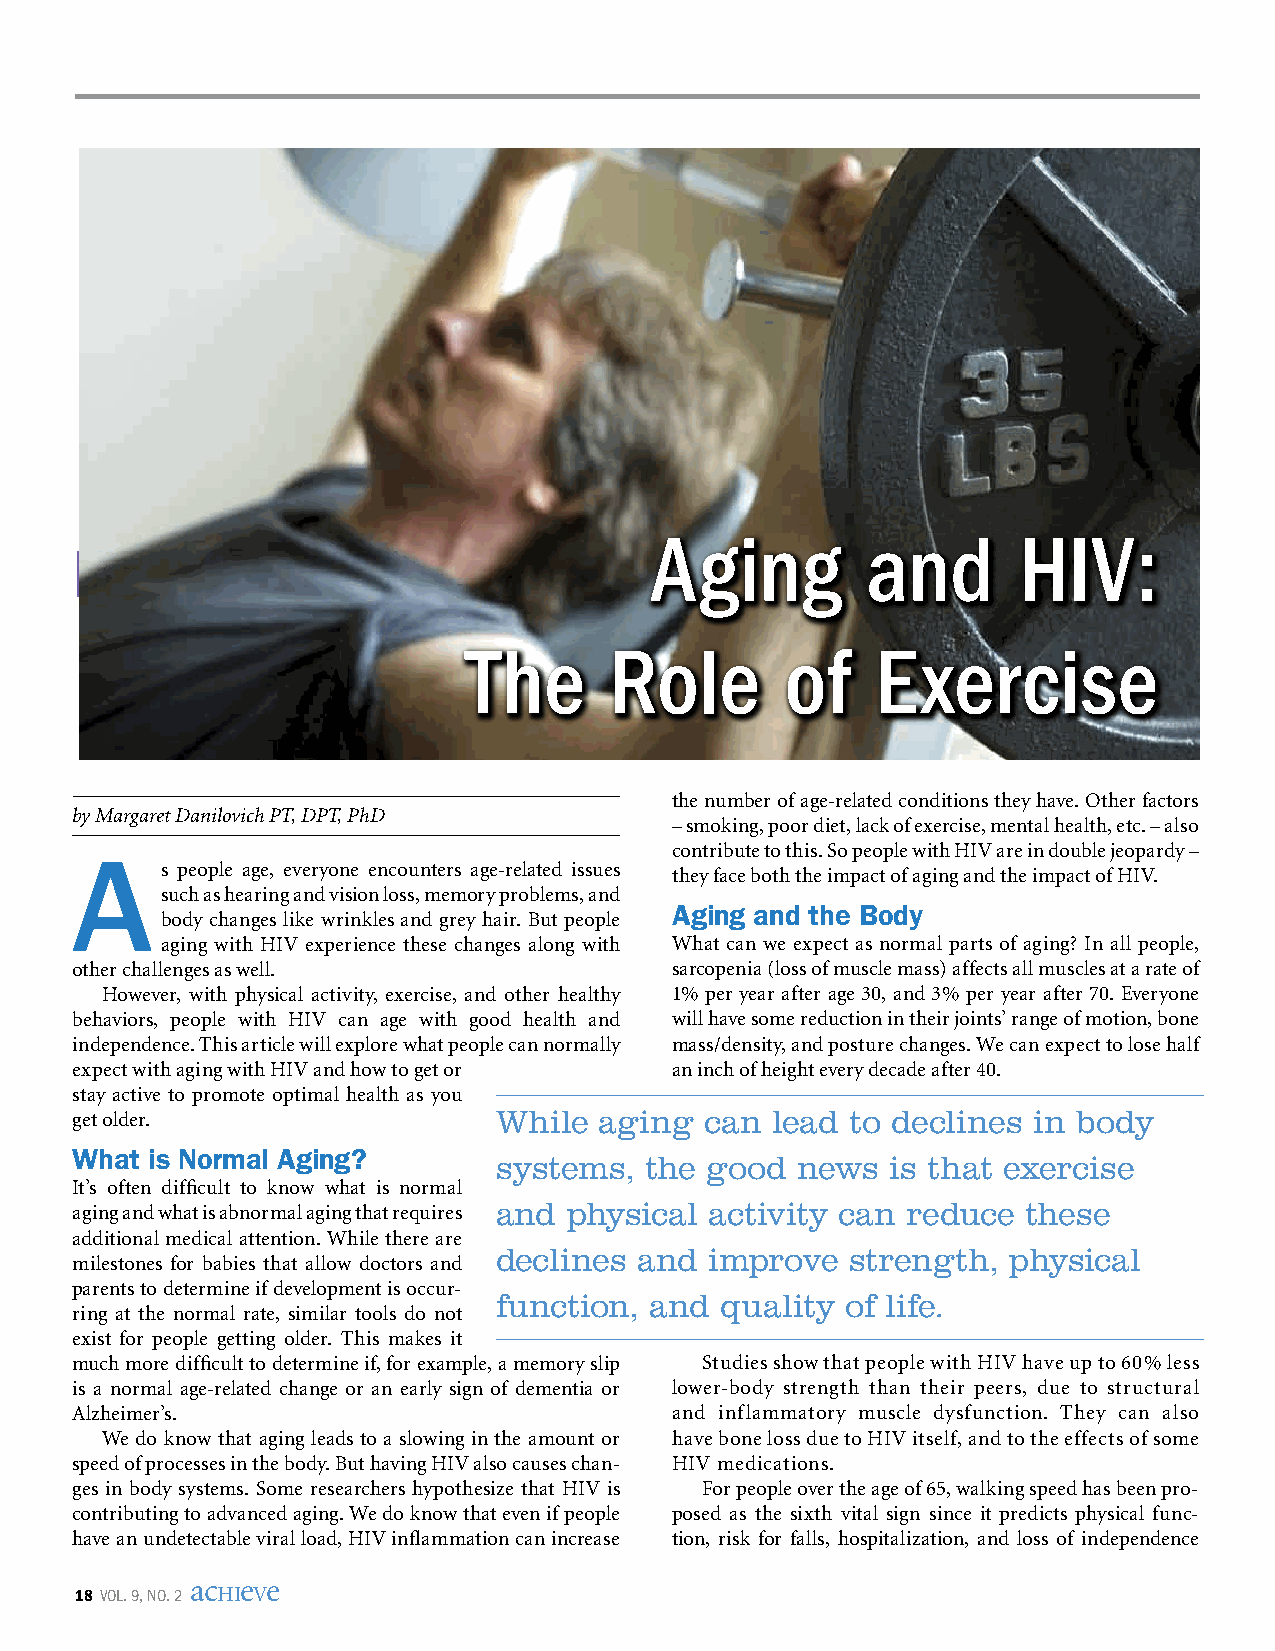
Aging         and       HIV:
 HIV    in  Transgender          Sex    Workers’        Lives
 The      Role        of    Exercise
 the number of age-related conditions they have. Other factors
 by Margaret Danilovich PT, DPT, PhD
 – smoking, poor diet, lack of exercise, mental health, etc. – also
 contribute to this. So people with HIV are in double jeopardy –
 A     s people age, everyone encounters age-related issues they face both the impact of aging and the impact of HIV.
 such as hearing and vision loss, memory problems, and
 aging and the Body
 body changes like wrinkles and grey hair. But people
 aging with HIV experience these changes along with What can we expect as normal parts of aging? In all people,
 other challenges as well.              sarcopenia (loss of muscle mass) affects all muscles at a rate of
 However, with physical activity, exercise, and other healthy 1% per year after age 30, and 3% per year after 70. Everyone
 behaviors, people with HIV can age with good health and will have some reduction in their joints’ range of motion, bone
 independence. This article will explore what people can normally mass/density, and posture changes. We can expect to lose half
 expect with aging with HIV and how to get or an inch of height every decade after 40.
 stay active to promote optimal health as you
 get older.                  While  aging  can lead to declines in body
 What is normal aging?
 systems,  the good  news  is that exercise
 It’s often difficult to know what is normal
 aging and what is abnormal aging that requires and physical activity can reduce these
 additional medical attention. While there are
 declines and  improve  strength,  physical
 milestones for babies that allow doctors and
 parents to determine if development is occur-
 function, and  quality of life.
 ring at the normal rate, similar tools do not
 exist for people getting older. This makes it
 much more difficult to determine if, for example, a memory slip Studies show that people with HIV have up to 60% less
 is a normal age-related change or an early sign of dementia or lower-body strength than their peers, due to structural
 Alzheimer’s.                           and inflammatory muscle dysfunction. They can also
 We do know that aging leads to a slowing in the amount or have bone loss due to HIV itself, and to the effects of some
 speed of processes in the body. But having HIV also causes chan- HIV medications.
 ges in body systems. Some researchers hypothesize that HIV is For people over the age of 65, walking speed has been pro-
 contributing to advanced aging. We do know that even if people posed as the sixth vital sign since it predicts physical func-
 have an undetectable viral load, HIV inflammation can increase tion, risk for falls, hospitalization, and loss of independence
 ac e e
 18 vol. 9, no. 2 HI V